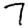
Digit: 7